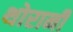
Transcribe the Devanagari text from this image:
थोरानी